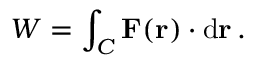
W = \int _ { C } \mathbf { F } ( \mathbf { r } ) \cdot \mathrm { d } \mathbf { r } \, .